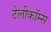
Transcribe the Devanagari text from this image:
टेलीकॉम्स